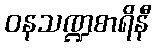
ဝနသဏ္ဍစာရိနီ